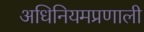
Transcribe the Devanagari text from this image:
अधिनियमप्रणाली